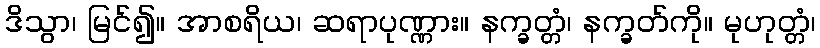
ဒိသွာ၊ မြင်၍။ အာစရိယ၊ ဆရာပုဏ္ဏား။ နက္ခတ္တံ၊ နက္ခတ်ကို။ မုဟုတ္တံ၊